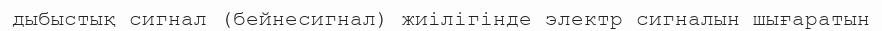
дыбыстық сигнал (бейнесигнал) жиілігінде электр сигналын шығаратын